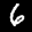
Label: 6